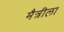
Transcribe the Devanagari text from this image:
मैत्रीला